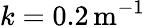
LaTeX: k=0.2\, \mathrm{m}^{-1}